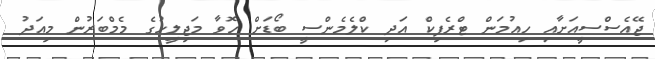
ޖޭއެސްސީއަށާއި ހިއުމަން ޓްރެފިކް އަދި ކްލެމެންސީ ބޯޑަށް ހޮވާ މަޖިލީހުގެ މެމްބަރުން މިއަދު